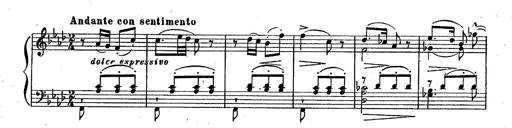
Title: RÃ©miniscences des Huguenots
Composer: Franz Liszt